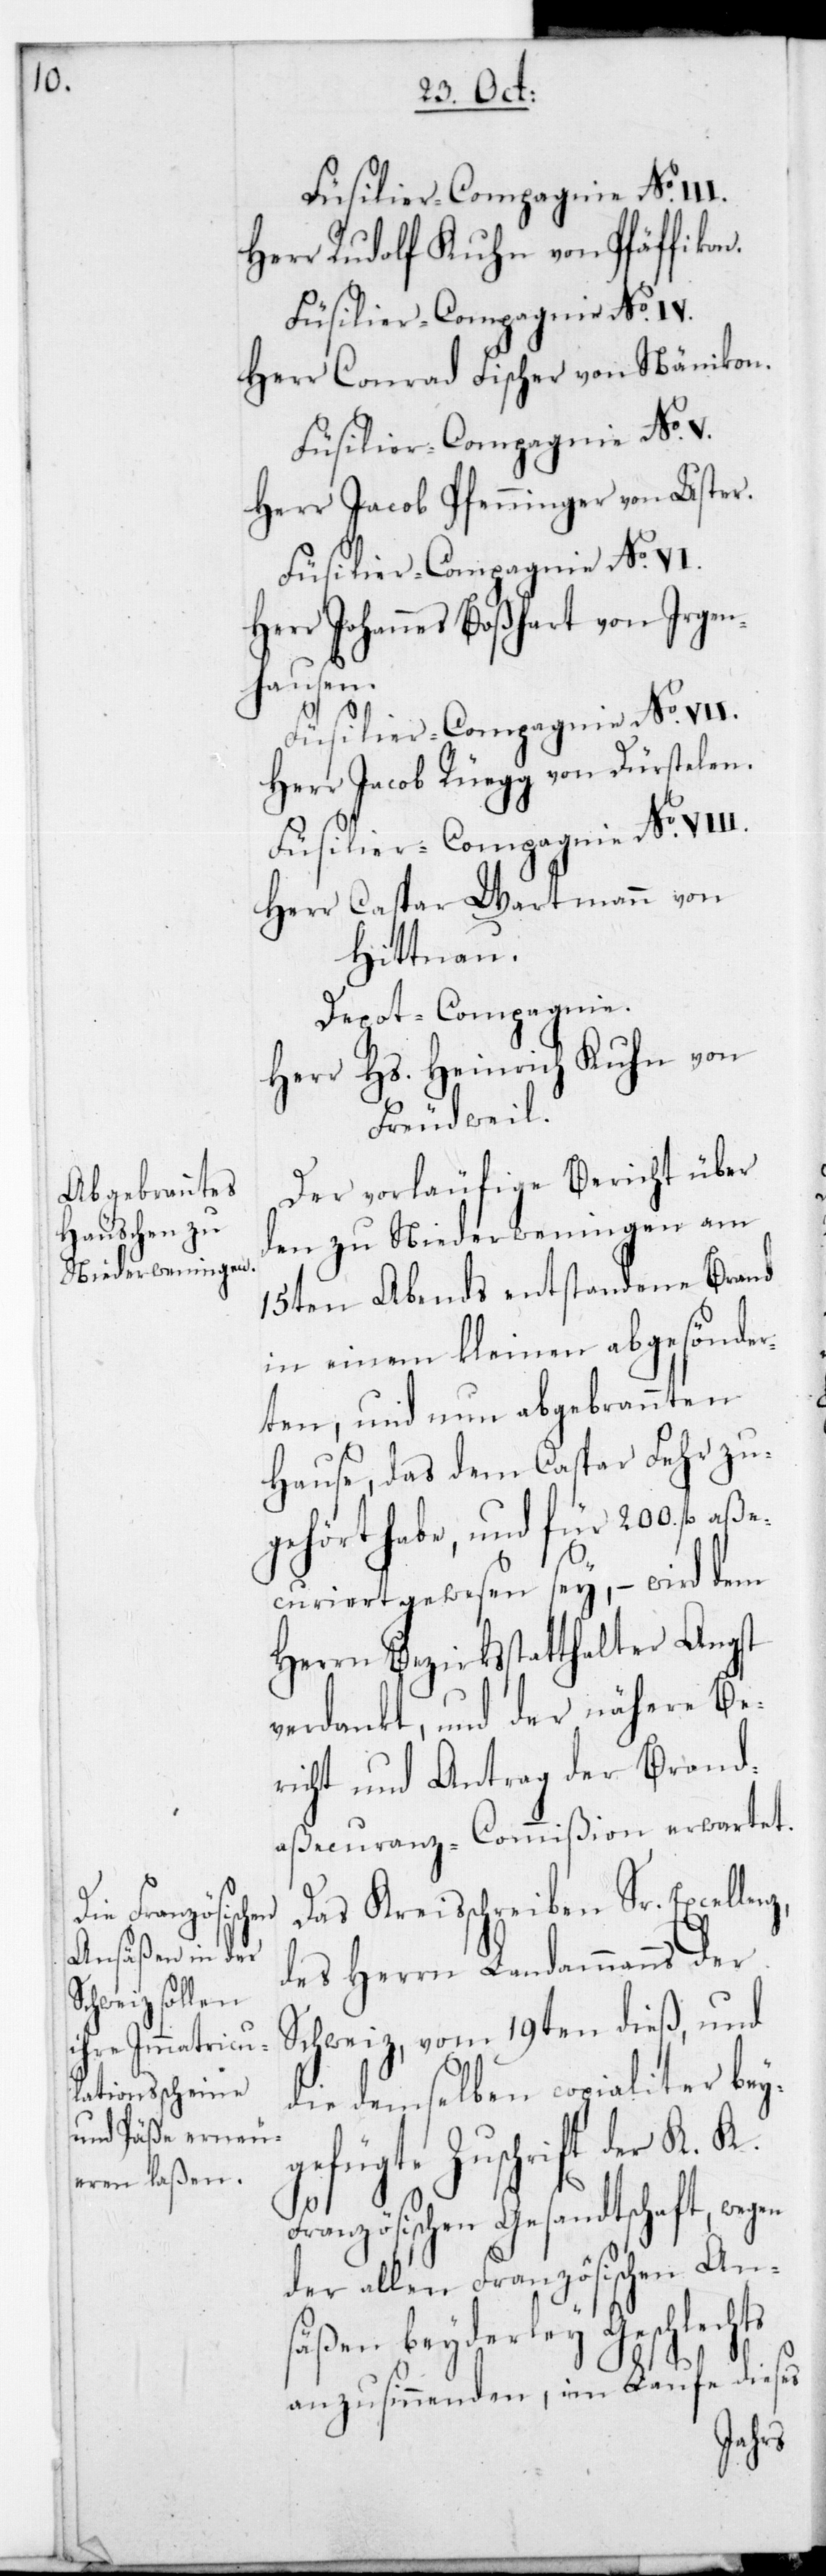
en

Herr Rudolf Kuhn von Pfäffikon.
Füsilier-Compagnie No. IV.
Herr Conrad Fischer von Nänikon.
Füsilier-Compagnie No. V.
Herr Jacob Pfenninger von Uster.
Herr Johannes Boßhart von Irgen¬
hausen.
Herr Jacob Rüegg von Dürstelen.
Füsilier-Compagnie No. VIII.
Herr Caspar Wartmann von
Hittnau.
Depot-Compagnie.
Herr Hs. Heinrich Kuhn von
Freudweil.
Der vorläufige Bericht über
den zu Niederweningen am
15ten Abends entstandene Brand
in einem kleinen abgesönder¬
eten, und nun abgebrannten
Hause, das dem Caspar Fehr zu¬
gehört habe, und für 200 fl. aß¬
ecuriert gewesen sey, – wird dem
Herrn Bezirksstatthalter Angst
verdankt, und der nähere Be¬
richt und Antrag der Brand¬
aßecuranz-Commißion erwartet.
Das Kreisschreiben Sr Excellenz
des Herrn Landammanns der
Schweiz vom 19ten dieß, und
die demselben copialiter beyg¬
efügte Zuschrift der K.
Französischen Gesandtschaft, weg¬
der allen Französischen An¬
säßen beyderley Geschlechts
anzusinnenden, im Laufe dieses